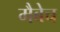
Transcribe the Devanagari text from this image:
मैबेच